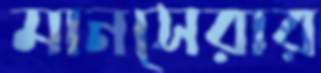
মানসেরার